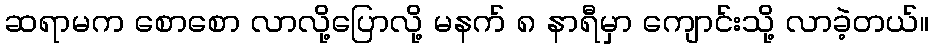
ဆရာမက စောစော လာလို့ပြောလို့ မနက် ၈ နာရီမှာ ကျောင်းသို့ လာခဲ့တယ်။